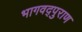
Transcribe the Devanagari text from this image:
भागवद्पुराण